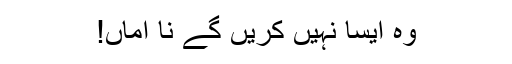
وہ ایسا نہیں کریں گے نا اماں!